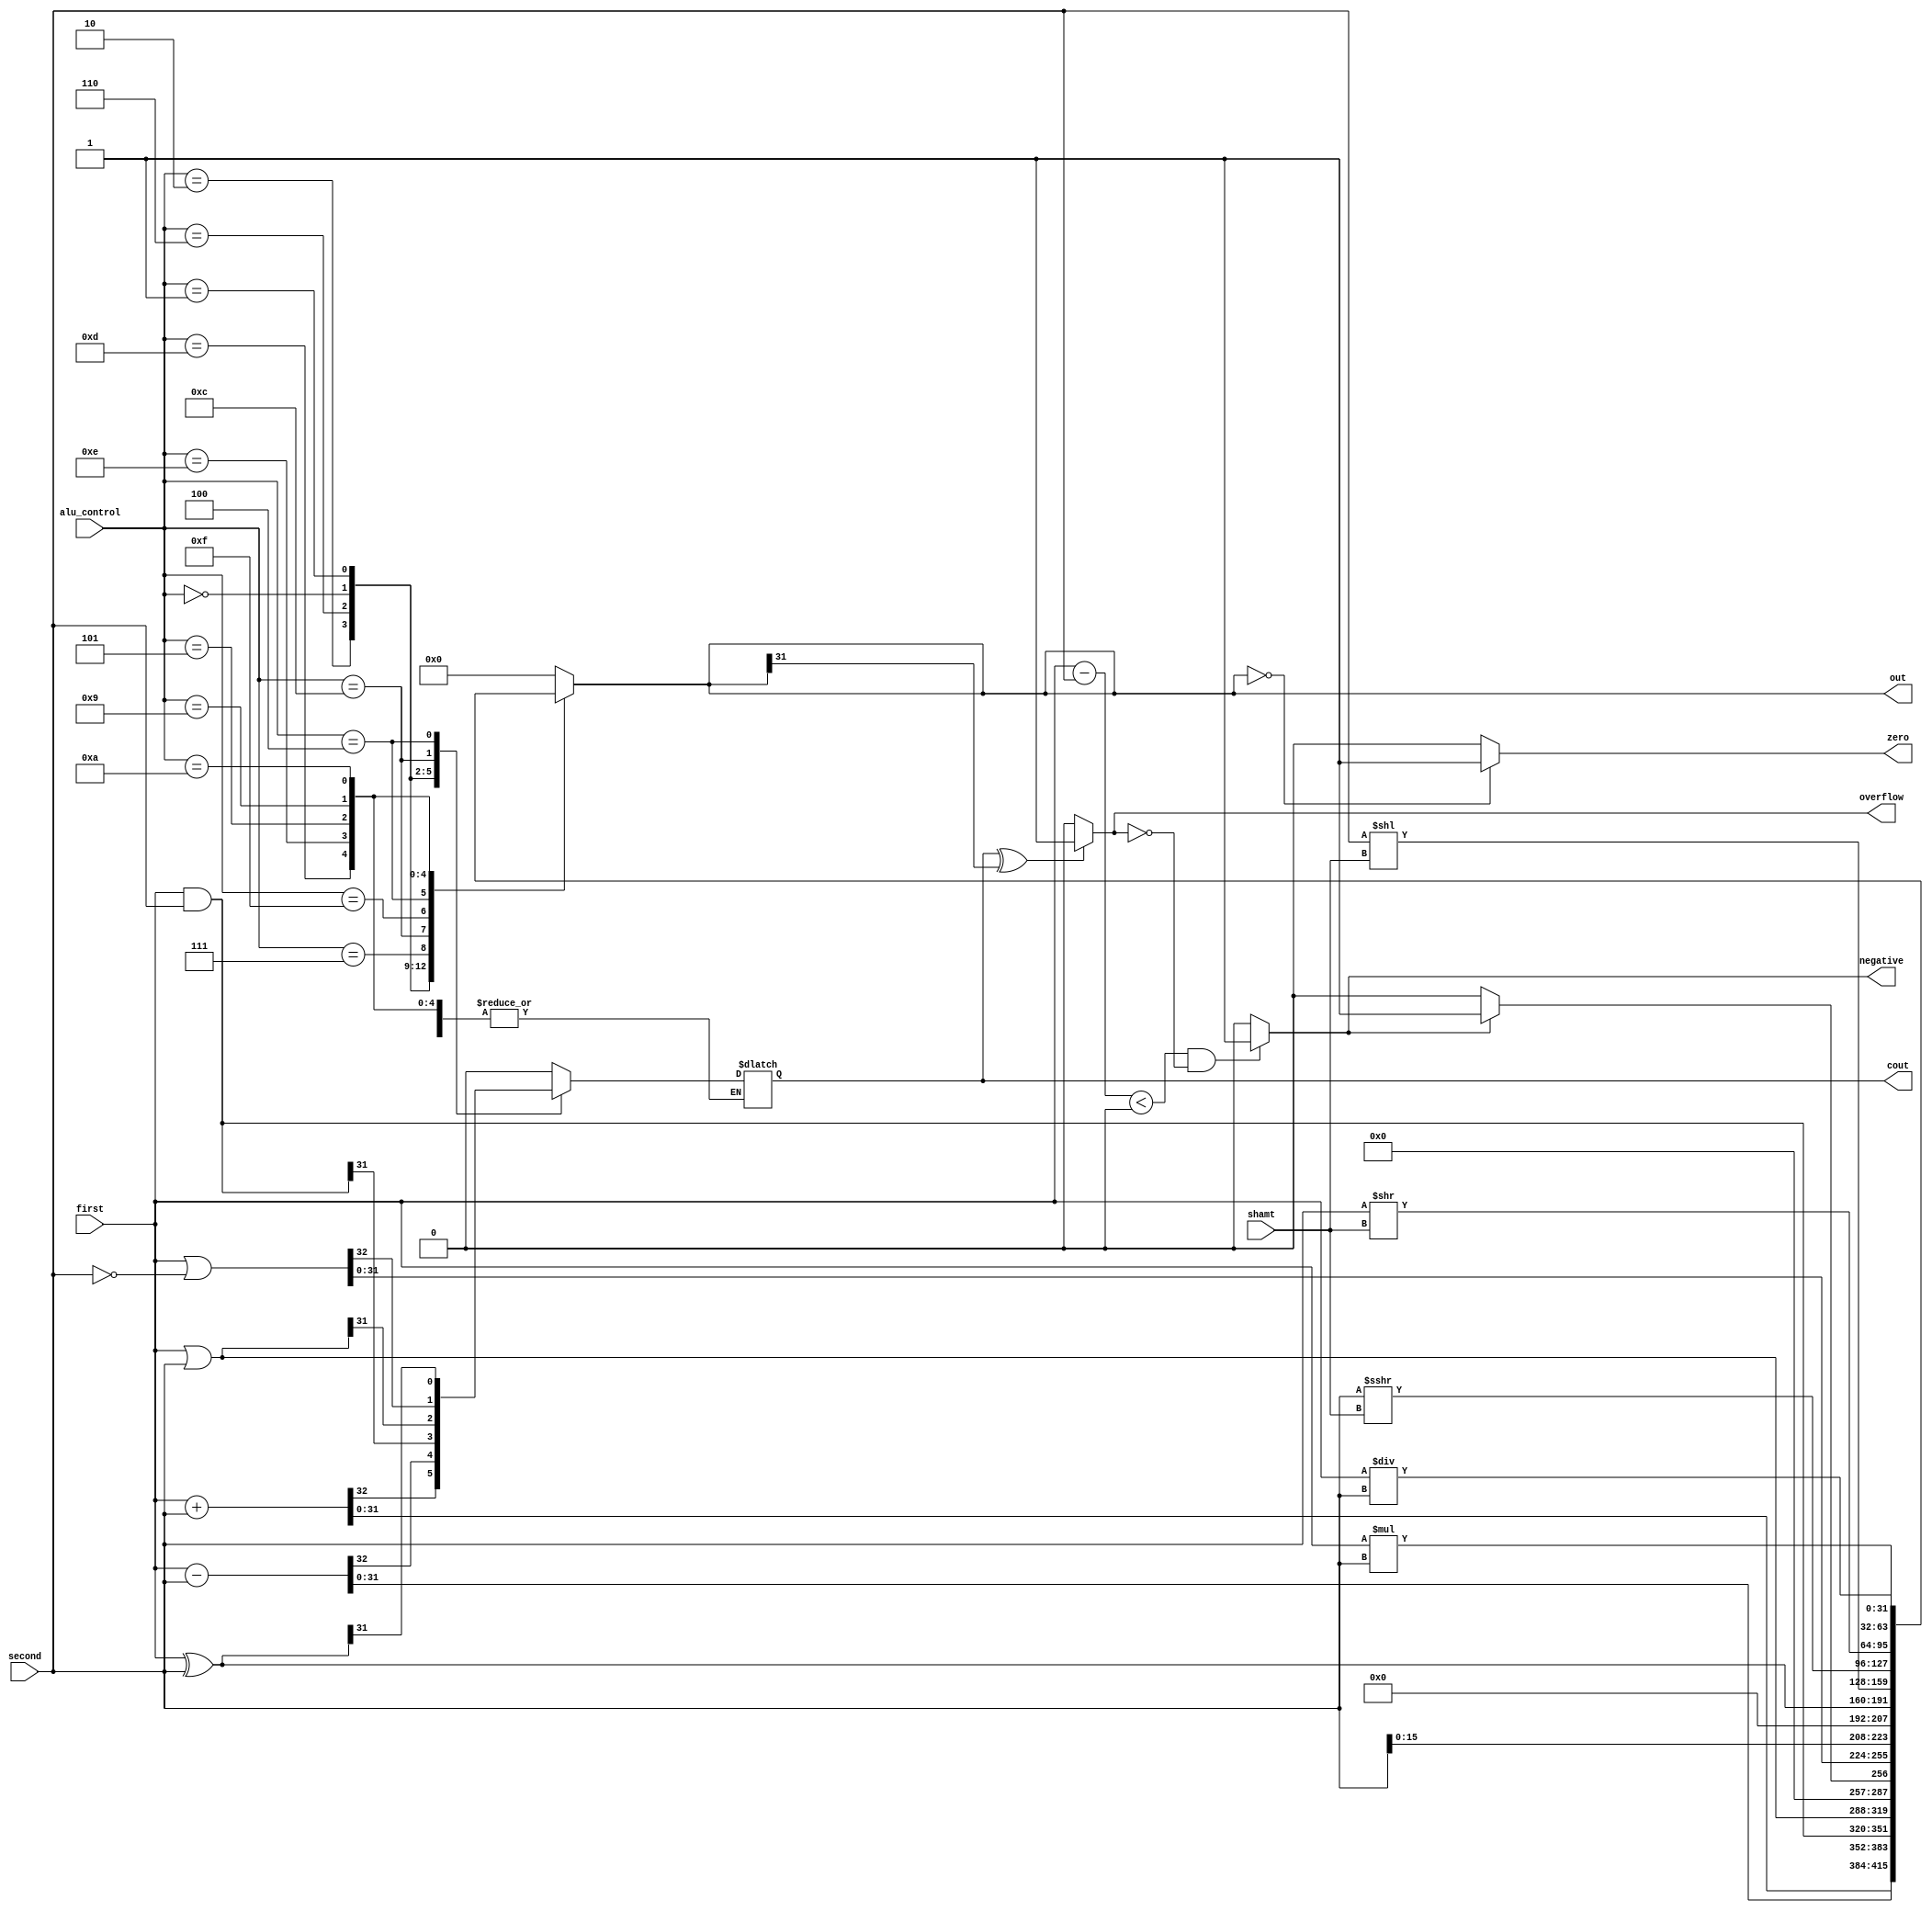
module alu (input signed [31:0] first , second , input [4:0]shamt , input [3:0]alu_control , output reg signed [31:0] out , output reg zero , overflow , negative , cout);

always @(*) begin
    case(alu_control)
        4'b0010: {cout, out} <= first + second;          // add

        4'b0110: {cout, out} <= first - second;          // subtract

        4'b0000: {cout, out} <= first & second;          // and

        4'b0001: {cout, out} <= first | second;          // or

        4'b0111: begin                                   // slt
                    if (negative)
                        out = 32'h00000001;
                        else 
                        out = 32'h00000000;
                 end

        4'b1100: {cout, out} <= first |~ second;        // nor

        4'b1111: out = {second[15:0], 16'h0000};        // lui

        4'b0100: {cout, out} <= first ^ second;         // xor

        4'b1101: out = second << shamt;                 // sll

        4'b1110: out = second >>> shamt;                // sra

        4'b0101: out = second >> shamt;                 // srl

        4'b1001: out = first * second;                 // mul

        4'b1010: out = first / second;                 // div

        default:begin
            out <=32'h00000000;   // else
            cout <= 1'b0;
        end
    endcase
end


always @(*) begin
    if (out == 1'b0) begin
        zero = 1'b1;
    end else begin
        zero = 1'b0;
    end
end

always @(*) begin
    if (cout ^ out[31] == 1) begin
        overflow = 1'b1;
    end else begin
        overflow = 1'b0;
    end
end

always @(*) begin
    if (first - second < 0 && overflow == 1'b0) begin
        negative = 1'b1;
    end else begin
        negative = 1'b0;
    end
end
    
endmodule

module alu_ts ();

reg signed [31:0]first , second ;
reg [4:0]shamt ;
reg [3:0]alu_control ;
wire signed [31:0] out ;
wire zero;
wire overflow;
wire negative;
wire cout;

alu alu (first , second , shamt , alu_control , out , zero , overflow , negative , cout);

always begin
    first = $random;
    second = $random;
    shamt = $random;
    alu_control = $random;
    #20;
end

initial begin
    $monitor("first=%d first=%b second=%d second=%b alu_control=%d out=%d out=%b zero=%d overflow=%d cout=%d ",first,first,second,second,alu_control,out,out,zero,overflow,cout);
end


    
endmodule